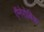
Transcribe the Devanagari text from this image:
ऍनेरोबिक